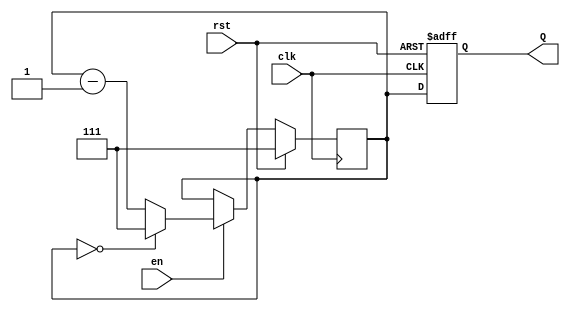
module binary_down_counter #(
    parameter MAX_COUNT = 8 // Define the maximum count value (e.g., 8 for 3-bit counter)
)(
    input wire clk,          // Clock signal
    input wire rst,          // Reset signal (active high)
    input wire en,           // Enable signal
    output reg [2:0] Q       // 3-bit output for the count value
);

    // Internal register to hold the current count value
    reg [2:0] count;

    // Initial block to set the count to the maximum value at simulation start
    initial begin
        count = MAX_COUNT - 1; // Initialize to maximum count value
        Q = count;              // Initialize output
    end

    // Always block triggered on the rising edge of the clock
    always @(posedge clk) begin
        if (rst) begin
            count <= MAX_COUNT - 1; // Reset to maximum value
        end else if (en) begin
            if (count == 0) begin
                count <= MAX_COUNT - 1; // Wrap around to maximum value
            end else begin
                count <= count - 1; // Decrement the count
            end
        end
    end

    // Assign the current count value to the output
    always @(posedge clk or posedge rst) begin
        if (rst) begin
            Q <= MAX_COUNT - 1; // Reset output to maximum value
        end else begin
            Q <= count; // Update output with current count value
        end
    end

endmodule